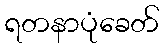
ရတနာပုံခေတ်